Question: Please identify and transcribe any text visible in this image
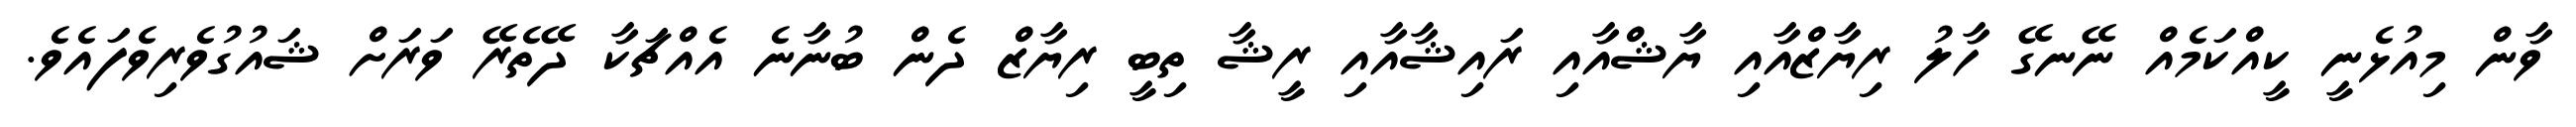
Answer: ވާން މިއުޅެނީ ކީއްކަމެއް ނޭނގޭ ހާލު ރިޔާޒްއާއި ޔާޝްއާއި ރައިޝާއާއި ރީޝާ ތިބީ ރިޔާޒް ދެން ބުނާނެ އެއްޗަކާ ދޭތެރޭ ވަރަށް ޝައުގުވެރިވެފައެވެ.